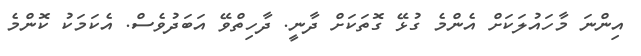
އިންނަ މާހައުލަކަށް އެންމެ ގުޅޭ ގޮތަކަށް ދާނީ. ދާހިތްވޭ އަބަދުވެސް. އެކަމަކު ކޮންމެ